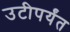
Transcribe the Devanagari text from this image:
उटीपर्यंत